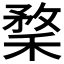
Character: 𥠪